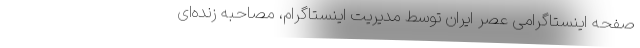
صفحه اینستاگرامی عصر ایران توسط مدیریت اینستاگرام، مصاحبه زنده‌ای